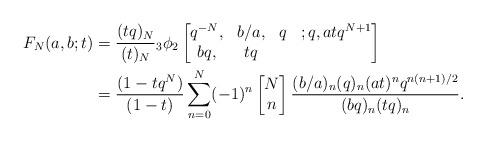
LaTeX: \begin{align*}F_N(a,b;t)&=\frac{(tq)_N}{(t)_N}{}_3\phi_2\begin{bmatrix}q^{-N}, &b/a, & q& ;q, atq^{N+1}\\bq, &tq\end{bmatrix}\\&=\frac{(1-tq^N)}{(1-t)}\sum_{n=0}^{N}(-1)^n\begin{bmatrix}N\\n\end{bmatrix}\frac{(b/a)_n(q)_n(at)^nq^{n(n+1)/2}}{(bq)_n(tq)_n}.\end{align*}